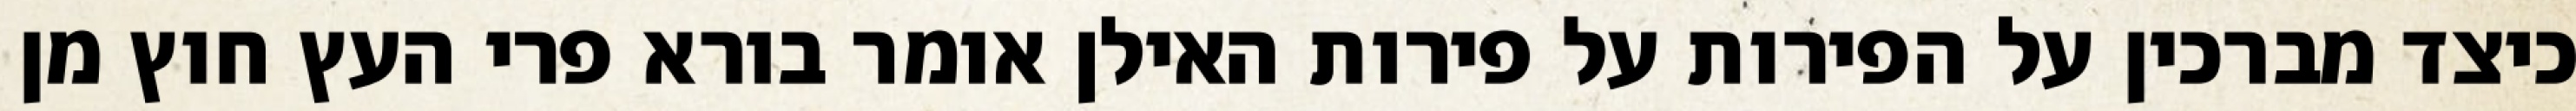
כיצד מברכין על הפירות על פירות האילן אומר בורא פרי העץ חוץ מן